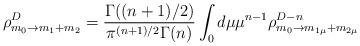
LaTeX: \begin{align*}\rho^D_{m_0\rightarrow m_1+m_2}=\frac{\Gamma((n+1)/2)}{\pi^{(n+1)/2}\Gamma(n)} \int_0 d\mu \mu^{n-1} \rho^{D-n}_{m_0\rightarrow m_{1\mu}+m_{2\mu}}\end{align*}